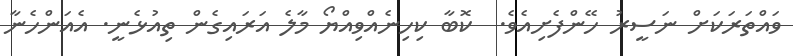
ވައްތަރަކަށް ނަސީރު ހޭންފެށިއެވެ.  ކޮބާ ކިހިނެއްވިއްޔޯ މާލެ އަރައިގެން ތިއުޅެނީ. އެއަންހެނާ